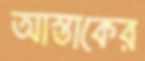
আস্তাকের